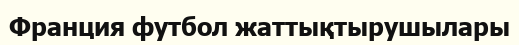
Франция футбол жаттықтырушылары